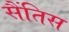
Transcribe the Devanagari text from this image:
सैंतिस